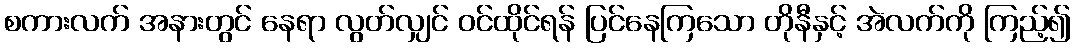
စကားလက် အနားတွင် နေရာ လွတ်လျှင် ဝင်ထိုင်ရန် ပြင်နေကြသော တိုနီနှင့် အဲလက်ကို ကြည့်၍